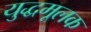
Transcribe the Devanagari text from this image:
युद्धमूलक